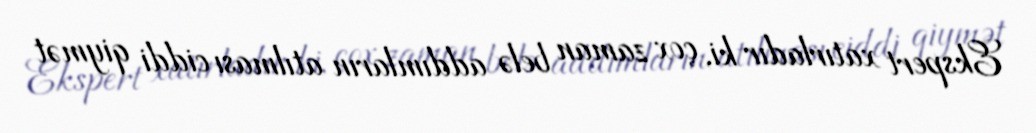
Ekspert xatırladır ki, çox zaman belə addımların atılması ciddi qiymət